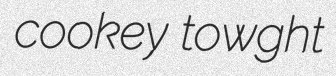
cookey towght